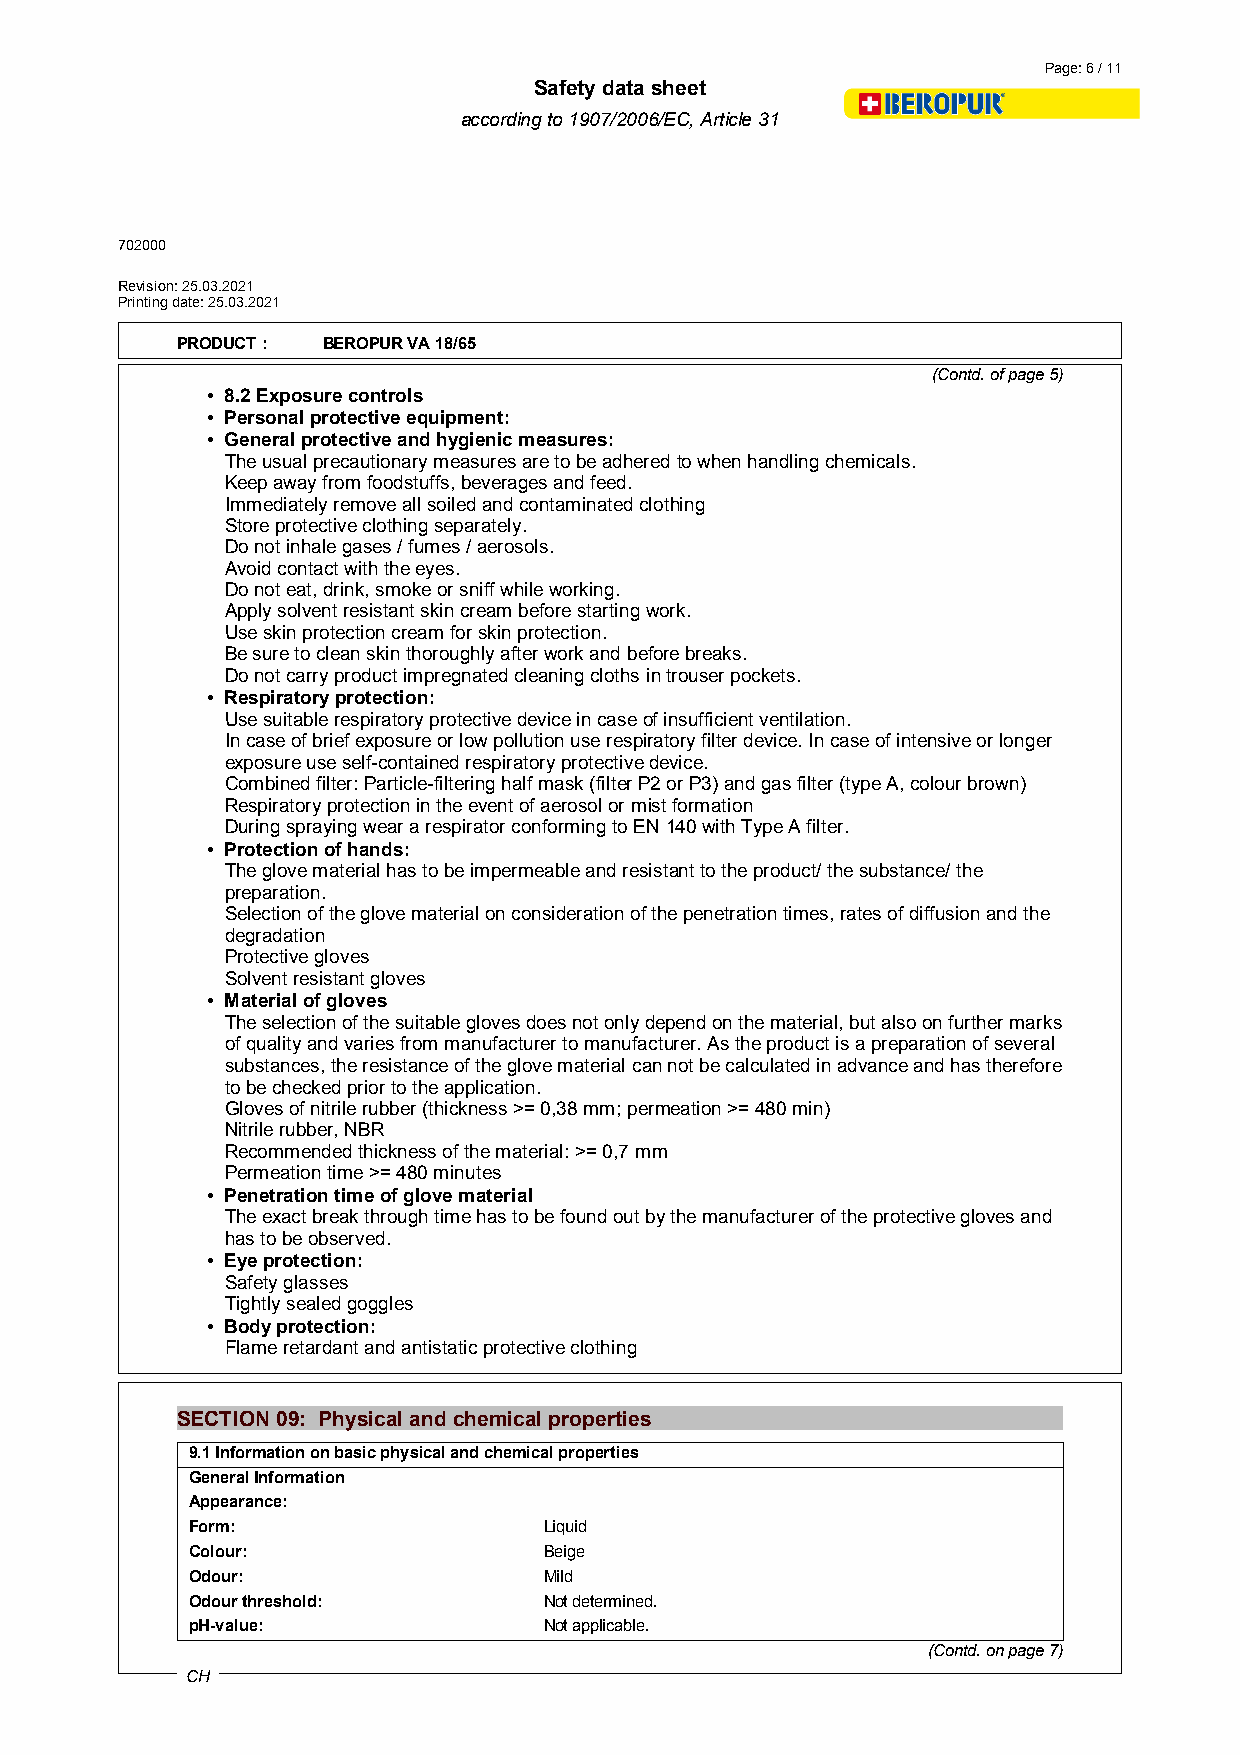
Page: 6 / 11
 Safety data sheet
 according to 1907/2006/EC, Article 31
 702000
 Revision: 25.03.2021
 Printing date: 25.03.2021
 PRODUCT : BEROPUR VA 18/65
 (Contd. of page 5)
 • 8.2 Exposure controls
 • Personal protective equipment:
 • General protective and hygienic measures:
 The usual precautionary measures are to be adhered to when handling chemicals.
 Keep away from foodstuffs, beverages and feed.
 Immediately remove all soiled and contaminated clothing
 Store protective clothing separately.
 Do not inhale gases / fumes / aerosols.
 Avoid contact with the eyes.
 Do not eat, drink, smoke or sniff while working.
 Apply solvent resistant skin cream before starting work.
 Use skin protection cream for skin protection.
 Be sure to clean skin thoroughly after work and before breaks.
 Do not carry product impregnated cleaning cloths in trouser pockets.
 • Respiratory protection:
 Use suitable respiratory protective device in case of insufficient ventilation.
 In case of brief exposure or low pollution use respiratory filter device. In case of intensive or longer
 exposure use self-contained respiratory protective device.
 Combined filter: Particle-filtering half mask (filter P2 or P3) and gas filter (type A, colour brown)
 Respiratory protection in the event of aerosol or mist formation
 During spraying wear a respirator conforming to EN 140 with Type A filter.
 • Protection of hands:
 The glove material has to be impermeable and resistant to the product/ the substance/ the
 preparation.
 Selection of the glove material on consideration of the penetration times, rates of diffusion and the
 degradation
 Protective gloves
 Solvent resistant gloves
 • Material of gloves
 The selection of the suitable gloves does not only depend on the material, but also on further marks
 of quality and varies from manufacturer to manufacturer. As the product is a preparation of several
 substances, the resistance of the glove material can not be calculated in advance and has therefore
 to be checked prior to the application.
 Gloves of nitrile rubber (thickness >= 0,38 mm; permeation >= 480 min)
 Nitrile rubber, NBR
 Recommended thickness of the material: >= 0,7 mm
 Permeation time >= 480 minutes
 • Penetration time of glove material
 The exact break through time has to be found out by the manufacturer of the protective gloves and
 has to be observed.
 • Eye protection:
 Safety glasses
 Tightly sealed goggles
 • Body protection:
 Flame retardant and antistatic protective clothing
 SECTION 09: Physical and chemical properties
 9.1 Information on basic physical and chemical properties
 General Information
 Appearance:
 Form:                  Liquid
 Colour:                Beige
 Odour:                 Mild
 Odour threshold:       Not determined.
 pH-value:              Not applicable.
 (Contd. on page 7)
 CH